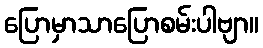
ပြောမှာသာပြောစမ်းပါဗျာ။